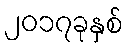
၂၀၁၇ခုနှစ်